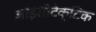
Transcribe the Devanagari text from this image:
आइसोटैक्टिक